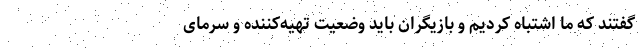
گفتند که ما اشتباه کردیم و بازیگران باید وضعیت تهیه‌کننده و سرمای